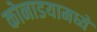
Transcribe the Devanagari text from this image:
कोनाडयामध्ये